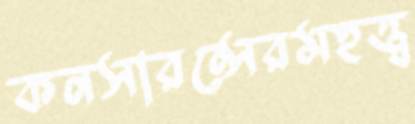
কনসারন্সেরমহত্ত্ব